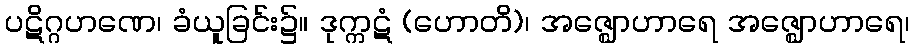
ပဋိဂ္ဂဟဏေ၊ ခံယူခြင်း၌။ ဒုက္ကဋံ (ဟောတိ)၊ အဇ္ဈောဟာရေ အဇ္ဈောဟာရေ၊